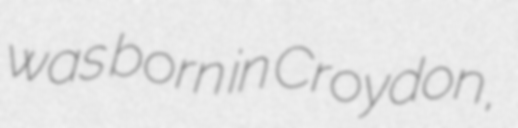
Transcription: was born in Croydon,